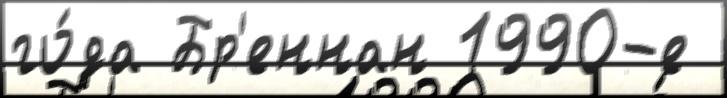
го́да Бр'еннан 1990-е